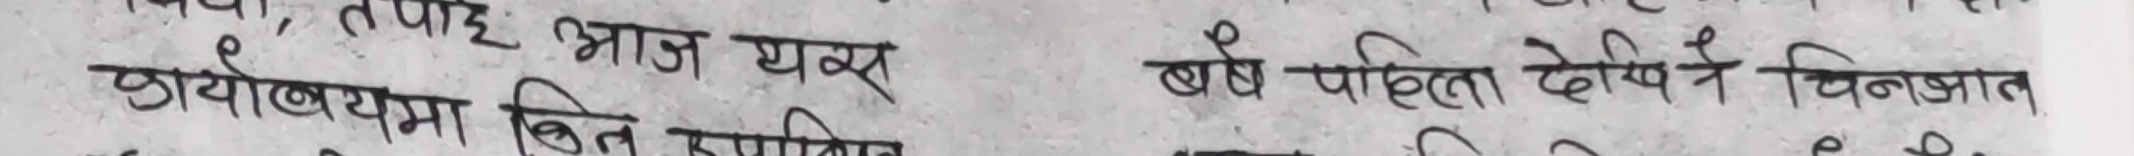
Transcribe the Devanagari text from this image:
विज्ञ, तपाईं आज यक्ष बर्ष पहिला दोेष दिने चिनाउत